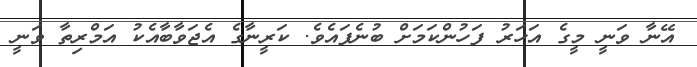
އޭނާ ވަނީ މީގެ އަހަރު ފަހުންކަމަށް ބުނެފައެވެ. ކަރީނާގެ އެޖަވާބާއެކު އަމްރިތާ ވަނީ